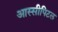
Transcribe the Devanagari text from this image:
आस्सीपिटल